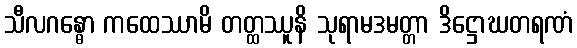
သီလဂန္ဓော ကထေဿာမိ တတ္ထဿူနိ သုရာမဒမတ္တာ ဒိဋ္ဌောဃတရဏံ